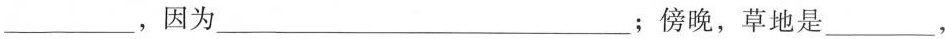
___ ，因为 ___ ；傍晚，草地是 ___ ，